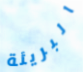
البريئة